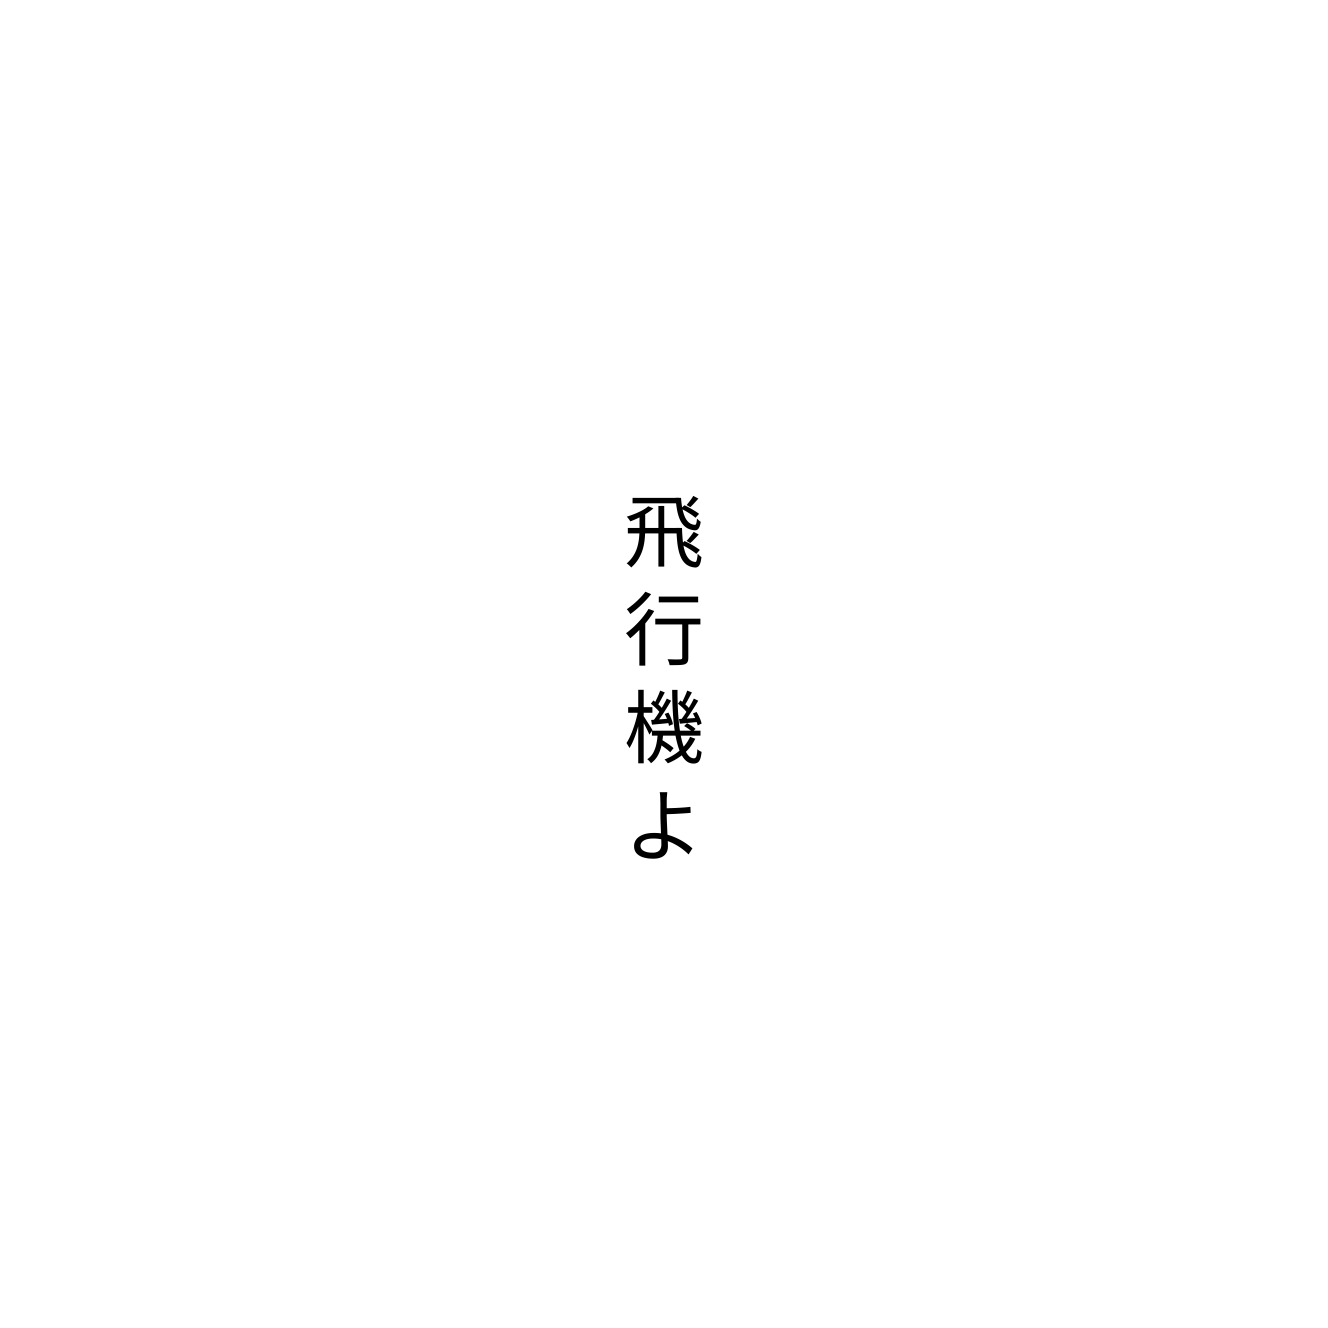
飛行機よ